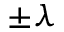
\pm \lambda